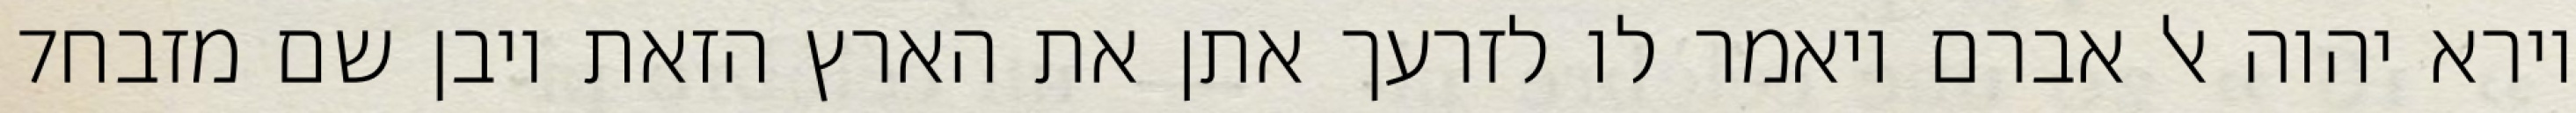
‎7‏ וירא יהוה אל אברם ויאמר לו לזרעך אתן את הארץ הזאת ויבן שם מזבח